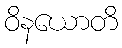
ဝိနယောတိ